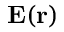
\mathbf { E } ( \mathbf { r } )